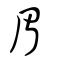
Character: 睂